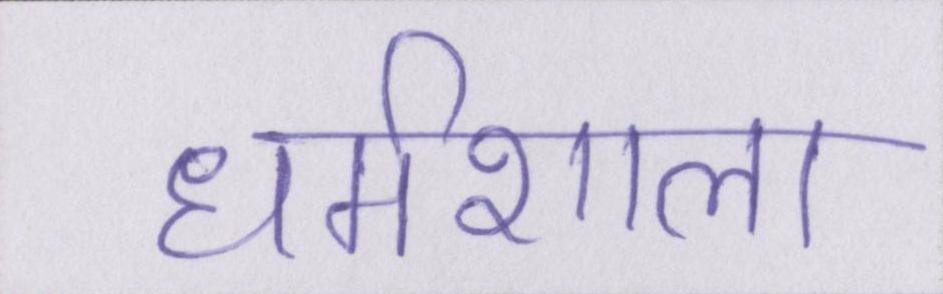
धर्मशाला